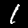
Label: 1